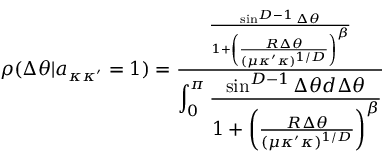
\begin{array} { r } { \rho ( \Delta \theta | a _ { \kappa \kappa ^ { \prime } } = 1 ) = \frac { \frac { \sin ^ { D - 1 } \Delta \theta } { 1 + \left( \frac { R \Delta \theta } { ( \mu \kappa ^ { \prime } \kappa ) ^ { 1 / D } } \right) ^ { \beta } } } { \displaystyle \int _ { 0 } ^ { \pi } \frac { \sin ^ { D - 1 } \Delta \theta d \Delta \theta } { 1 + \left( \frac { R \Delta \theta } { ( \mu \kappa ^ { \prime } \kappa ) ^ { 1 / D } } \right) ^ { \beta } } } } \end{array}